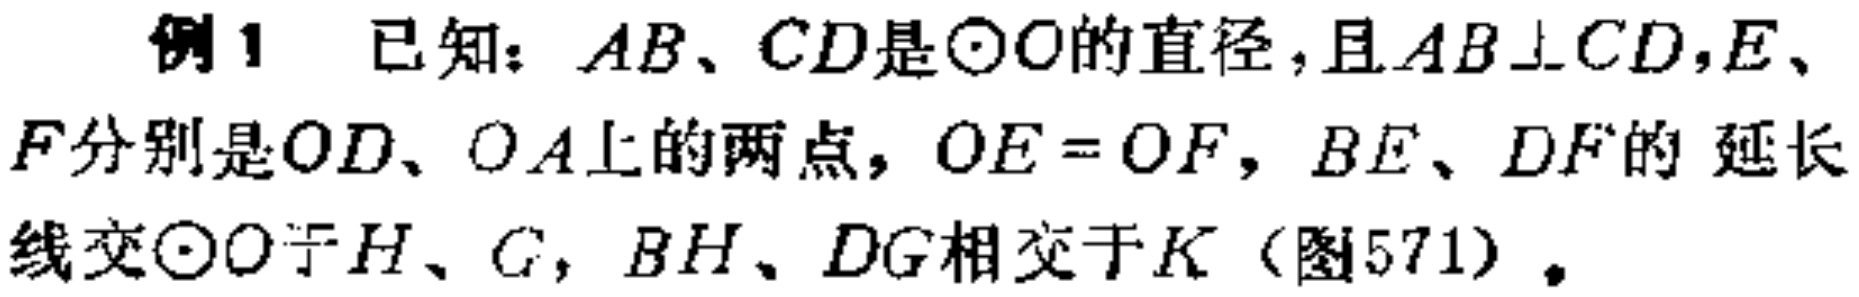
例1 已知：$AB、CD$是$\odot O$的直径，且$AB\perp CD$，$E、F$分别是$OD、OA$上的两点，$OE = OF$，$BE、DF$的 延长线交$\odot O$于$H、G$，$BH、DG$相交于$K$（图571）。